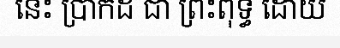
នេះ ប្រាកដ ជា ព្រះពុទ្ធ ដោយ